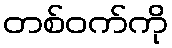
တစ်ဝက်ကို